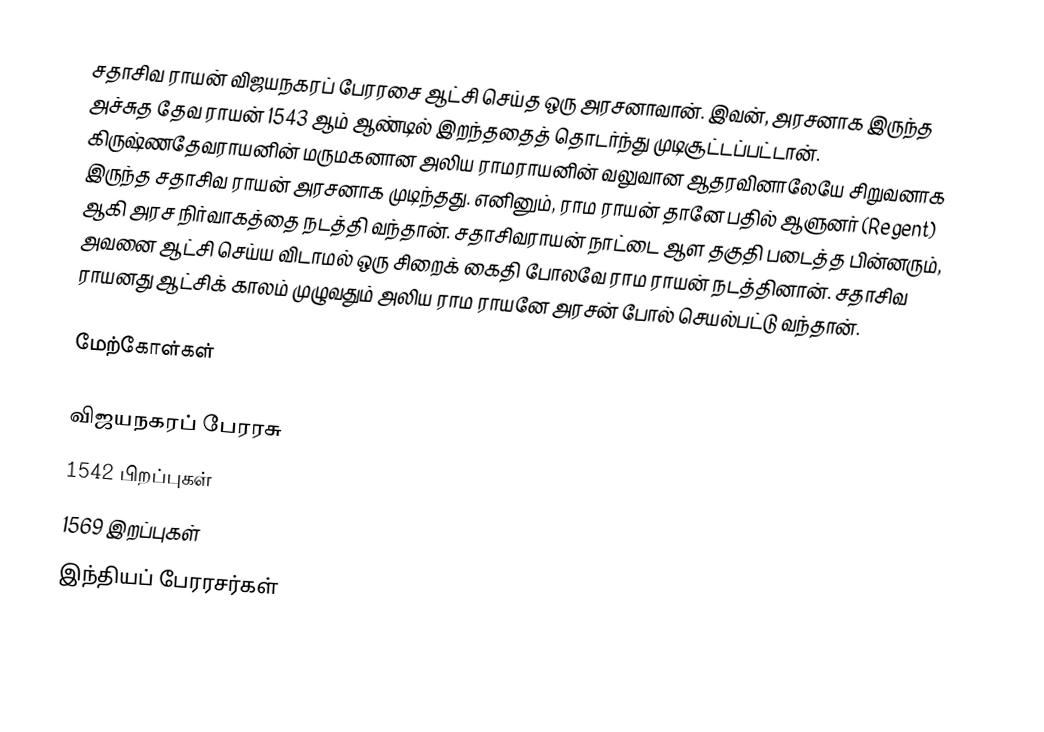
சதாசிவ ராயன் விஜயநகரப் பேரரசை ஆட்சி செய்த ஒரு அரசனாவான். இவன், அரசனாக இருந்த அச்சுத தேவ ராயன் 1543 ஆம் ஆண்டில் இறந்ததைத் தொடர்ந்து முடிசூட்டப்பட்டான். கிருஷ்ணதேவராயனின் மருமகனான அலிய ராமராயனின் வலுவான ஆதரவினாலேயே சிறுவனாக இருந்த சதாசிவ ராயன் அரசனாக முடிந்தது. எனினும், ராம ராயன் தானே பதில் ஆளுனர் (Regent) ஆகி அரச நிர்வாகத்தை நடத்தி வந்தான்.  சதாசிவராயன் நாட்டை ஆள தகுதி படைத்த  பின்னரும், அவனை ஆட்சி செய்ய விடாமல் ஒரு சிறைக் கைதி போலவே ராம ராயன் நடத்தினான். சதாசிவ ராயனது ஆட்சிக் காலம் முழுவதும் அலிய ராம ராயனே அரசன் போல் செயல்பட்டு வந்தான்.

மேற்கோள்கள்

விஜயநகரப் பேரரசு
1542 பிறப்புகள்
1569 இறப்புகள்
இந்தியப் பேரரசர்கள்